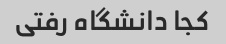
کجا دانشگاه رفتی